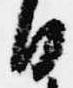
日